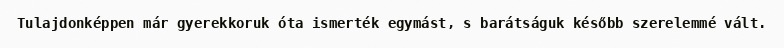
Tulajdonképpen már gyerekkoruk óta ismerték egymást, s barátságuk később szerelemmé vált.